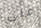
على